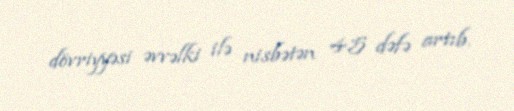
dövriyyəsi əvvəlki ilə nisbətən 4.5 dəfə artıb.